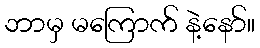
ဘာမှ မကြောက် နဲ့နော်။